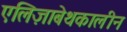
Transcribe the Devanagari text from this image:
एलिज़ाबेथकालीन